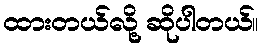
ထားတယ်လို့ ဆိုပါတယ်။